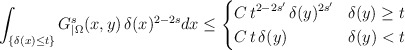
\begin{align*}\int_{\{\delta(x)\leq t\}}G_{|\Omega}^s(x,y)\,\delta(x)^{2-2s}dx\leq\left\lbrace\begin{aligned}& C\,t^{2-2s'}\,\delta(y)^{2s'} & \delta(y)\geq t \\& C\,t\,\delta(y) & \delta(y)<t\end{aligned}\right.\end{align*}